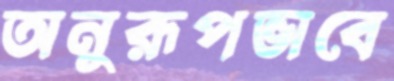
অনুরূপভাবে